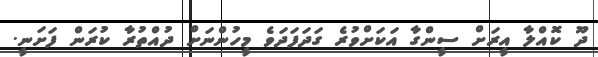
ދޫ ކޮއްލާ އީރަށް ސީންގާ އަކަށްވުރެ ގަދަފަދަވެ މީހުންނަށް ދުއްތުރާ ކުރަން ފަށަނީ.